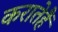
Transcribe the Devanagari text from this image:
करातेहैं